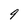
Character: 9